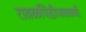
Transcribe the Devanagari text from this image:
रावळपिंडीजवळची